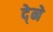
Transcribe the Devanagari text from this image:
दे्ने